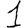
Digit: 1